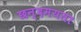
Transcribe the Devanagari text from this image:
छन्दमयता